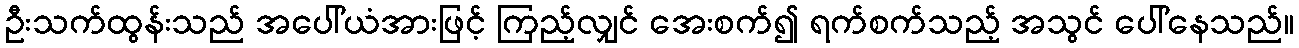
ဦးသက်ထွန်းသည် အပေါ်ယံအားဖြင့် ကြည့်လျှင် အေးစက်၍ ရက်စက်သည့် အသွင် ပေါ်နေသည်။